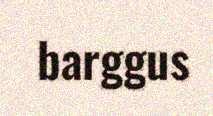
barggus